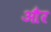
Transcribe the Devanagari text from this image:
और